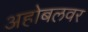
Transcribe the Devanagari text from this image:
अहोबलवर